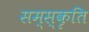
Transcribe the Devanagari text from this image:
सम्स्कृति